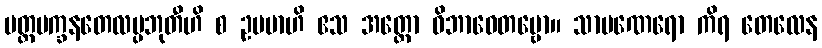
ပတ္တမက္ခနတေလပ္ပဘုတီဟိ စ ဥပမာဟိ ဧသ အတ္ထော ဝိဘာဝေတဗ္ဗော။ သာမဏေရော ကိရ တေလေန